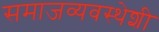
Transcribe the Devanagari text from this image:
समाजव्यवस्थेशी